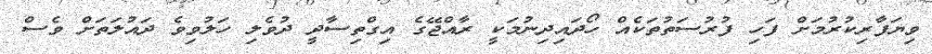
ވިޔަފާރިކުރުމަށް ފަހި ފުރުސަތުތަކެއް ހޯދައިދިނުމަކީ ރާއްޖޭގެ އިގްތިސާދީ ދުވެލި ހަލުވިވެ ދައުލަތަށް ވެސް